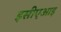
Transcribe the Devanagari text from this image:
इसीएआइ